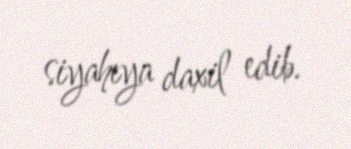
siyahıya daxil edib.